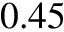
0 . 4 5